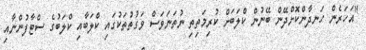
"އަހަރެން ހަނދާންކޮށްދޭން ބޭނުން ކްލަބަށް ކުރިމަތިތި ނުތަނަވަސް ވަގުތުތަކުގައި ކްލަބާއި ކްލަބުގެ ސްޓާފުންނާއި